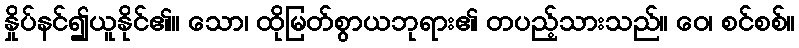
နှိုပ်နင်၍ယူနိုင်၏။ သော၊ ထိုမြတ်စွာယဘုရား၏ တပည့်သားသည်။ ဝေ၊ စင်စစ်။